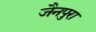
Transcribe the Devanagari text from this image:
जैनपुरा